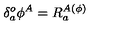
\delta _ { a } ^ { o } \phi ^ { A } = R _ { a } ^ { A ( \phi ) }